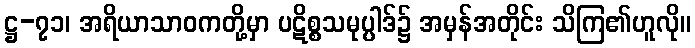
ဋ္ဌ-၇၁၊ အရိယာသာဝကတို့မှာ ပဋိစ္စသမုပ္ပါဒ်၌ အမှန်အတိုင်း သိကြ၏ဟူလို။